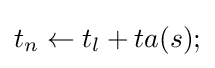
t_{n}\leftarrow t_{l}+ta(s);